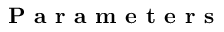
\textbf { P a r a m e t e r s }